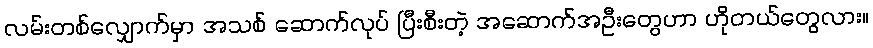
လမ်းတစ်လျှောက်မှာ အသစ် ဆောက်လုပ် ပြီးစီးတဲ့ အဆောက်အဦးတွေဟာ ဟိုတယ်တွေလား။